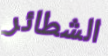
الشطائر